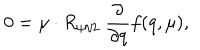
0 = \mu \cdot R _ { \psi / 2 } \ { \frac { \partial } { \partial q } } f ( q , \mu ) ,